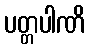
ပတ္တပါဏိ